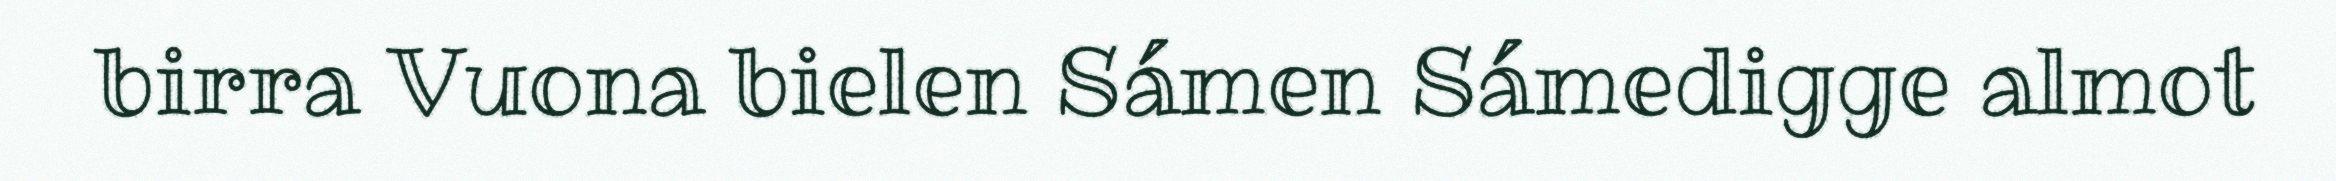
birra Vuona bielen Sámen Sámedigge almot